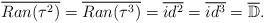
LaTeX: \begin{align*}\overline{Ran(\tau^2)} = \overline{Ran(\tau^3)} = \overline{id^2} = \overline{id^3} = \overline{\mathbb{D}}.\end{align*}